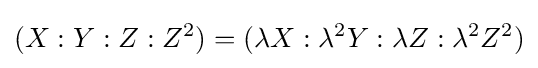
(X:Y:Z:Z^{2})=(\lambda X:\lambda ^{2}Y:\lambda Z:\lambda ^{2}Z^{2})